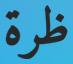
ظرة